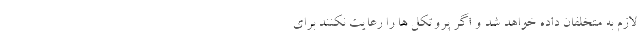
لازم به متخلفان داده خواهد شد و اگر پروتکل ها را رعایت نکنند برای